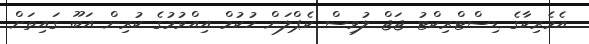
އެމެރިކާގެ ޑިސްޓްރިކްޓު ޖަޖް ލުވިސް ކެޕްލަން ހުކުމް އިއްވުމުގެ ކުރިން އަބޫ ގައިތަށް